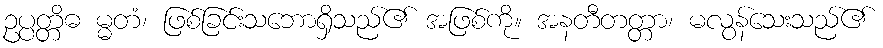
ဥပ္ပတ္တိဓ မ္မတံ၊ ဖြစ်ခြင်းသဘောရှိသည်၏ အဖြစ်ကို။ အနတီတတ္တာ၊ မလွန်သေးသည်၏